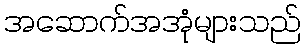
အဆောက်အအုံများသည်